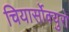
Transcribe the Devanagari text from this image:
चियार्सोक्युरो